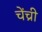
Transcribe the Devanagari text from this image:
चेंच्री